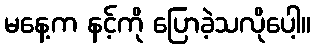
မနေ့က နင့်ကို ပြောခဲ့သလိုပေါ့။